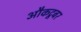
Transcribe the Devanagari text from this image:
औकटूबर